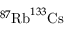
^ { 8 7 } \mathrm { R b } ^ { 1 3 3 } \mathrm { C s }